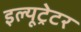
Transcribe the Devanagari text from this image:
इल्यूट्रेटर